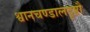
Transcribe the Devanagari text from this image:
श्वानचण्डालदृष्टौ